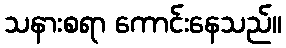
သနားစရာ ကောင်းနေသည်။